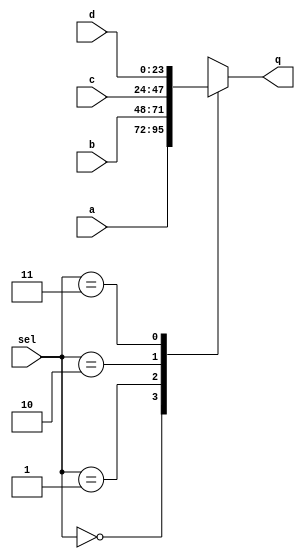
module MUL (sel, a, b, c, d, q);
	// ==============in out dec=============//
	input [1:0]sel;
	input [23:0]a;		// 24 bits for inputs and output
	input [23:0]b;
	input [23:0]c;
	input [23:0]d;
	
	output reg [23:0]q;
	
	always @ (sel) begin  
      case (sel)  
         2'b00 : q <= a;  
         2'b01 : q <= b;  
         2'b10 : q <= c;  
         2'b11 : q <= d;  
      endcase  
   end  
endmodule